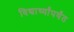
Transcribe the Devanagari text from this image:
विद्यार्थ्यांपर्यंत